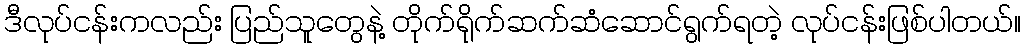
ဒီလုပ်ငန်းကလည်း ပြည်သူတွေနဲ့ တိုက်ရိုက်ဆက်ဆံဆောင်ရွက်ရတဲ့ လုပ်ငန်းဖြစ်ပါတယ်။